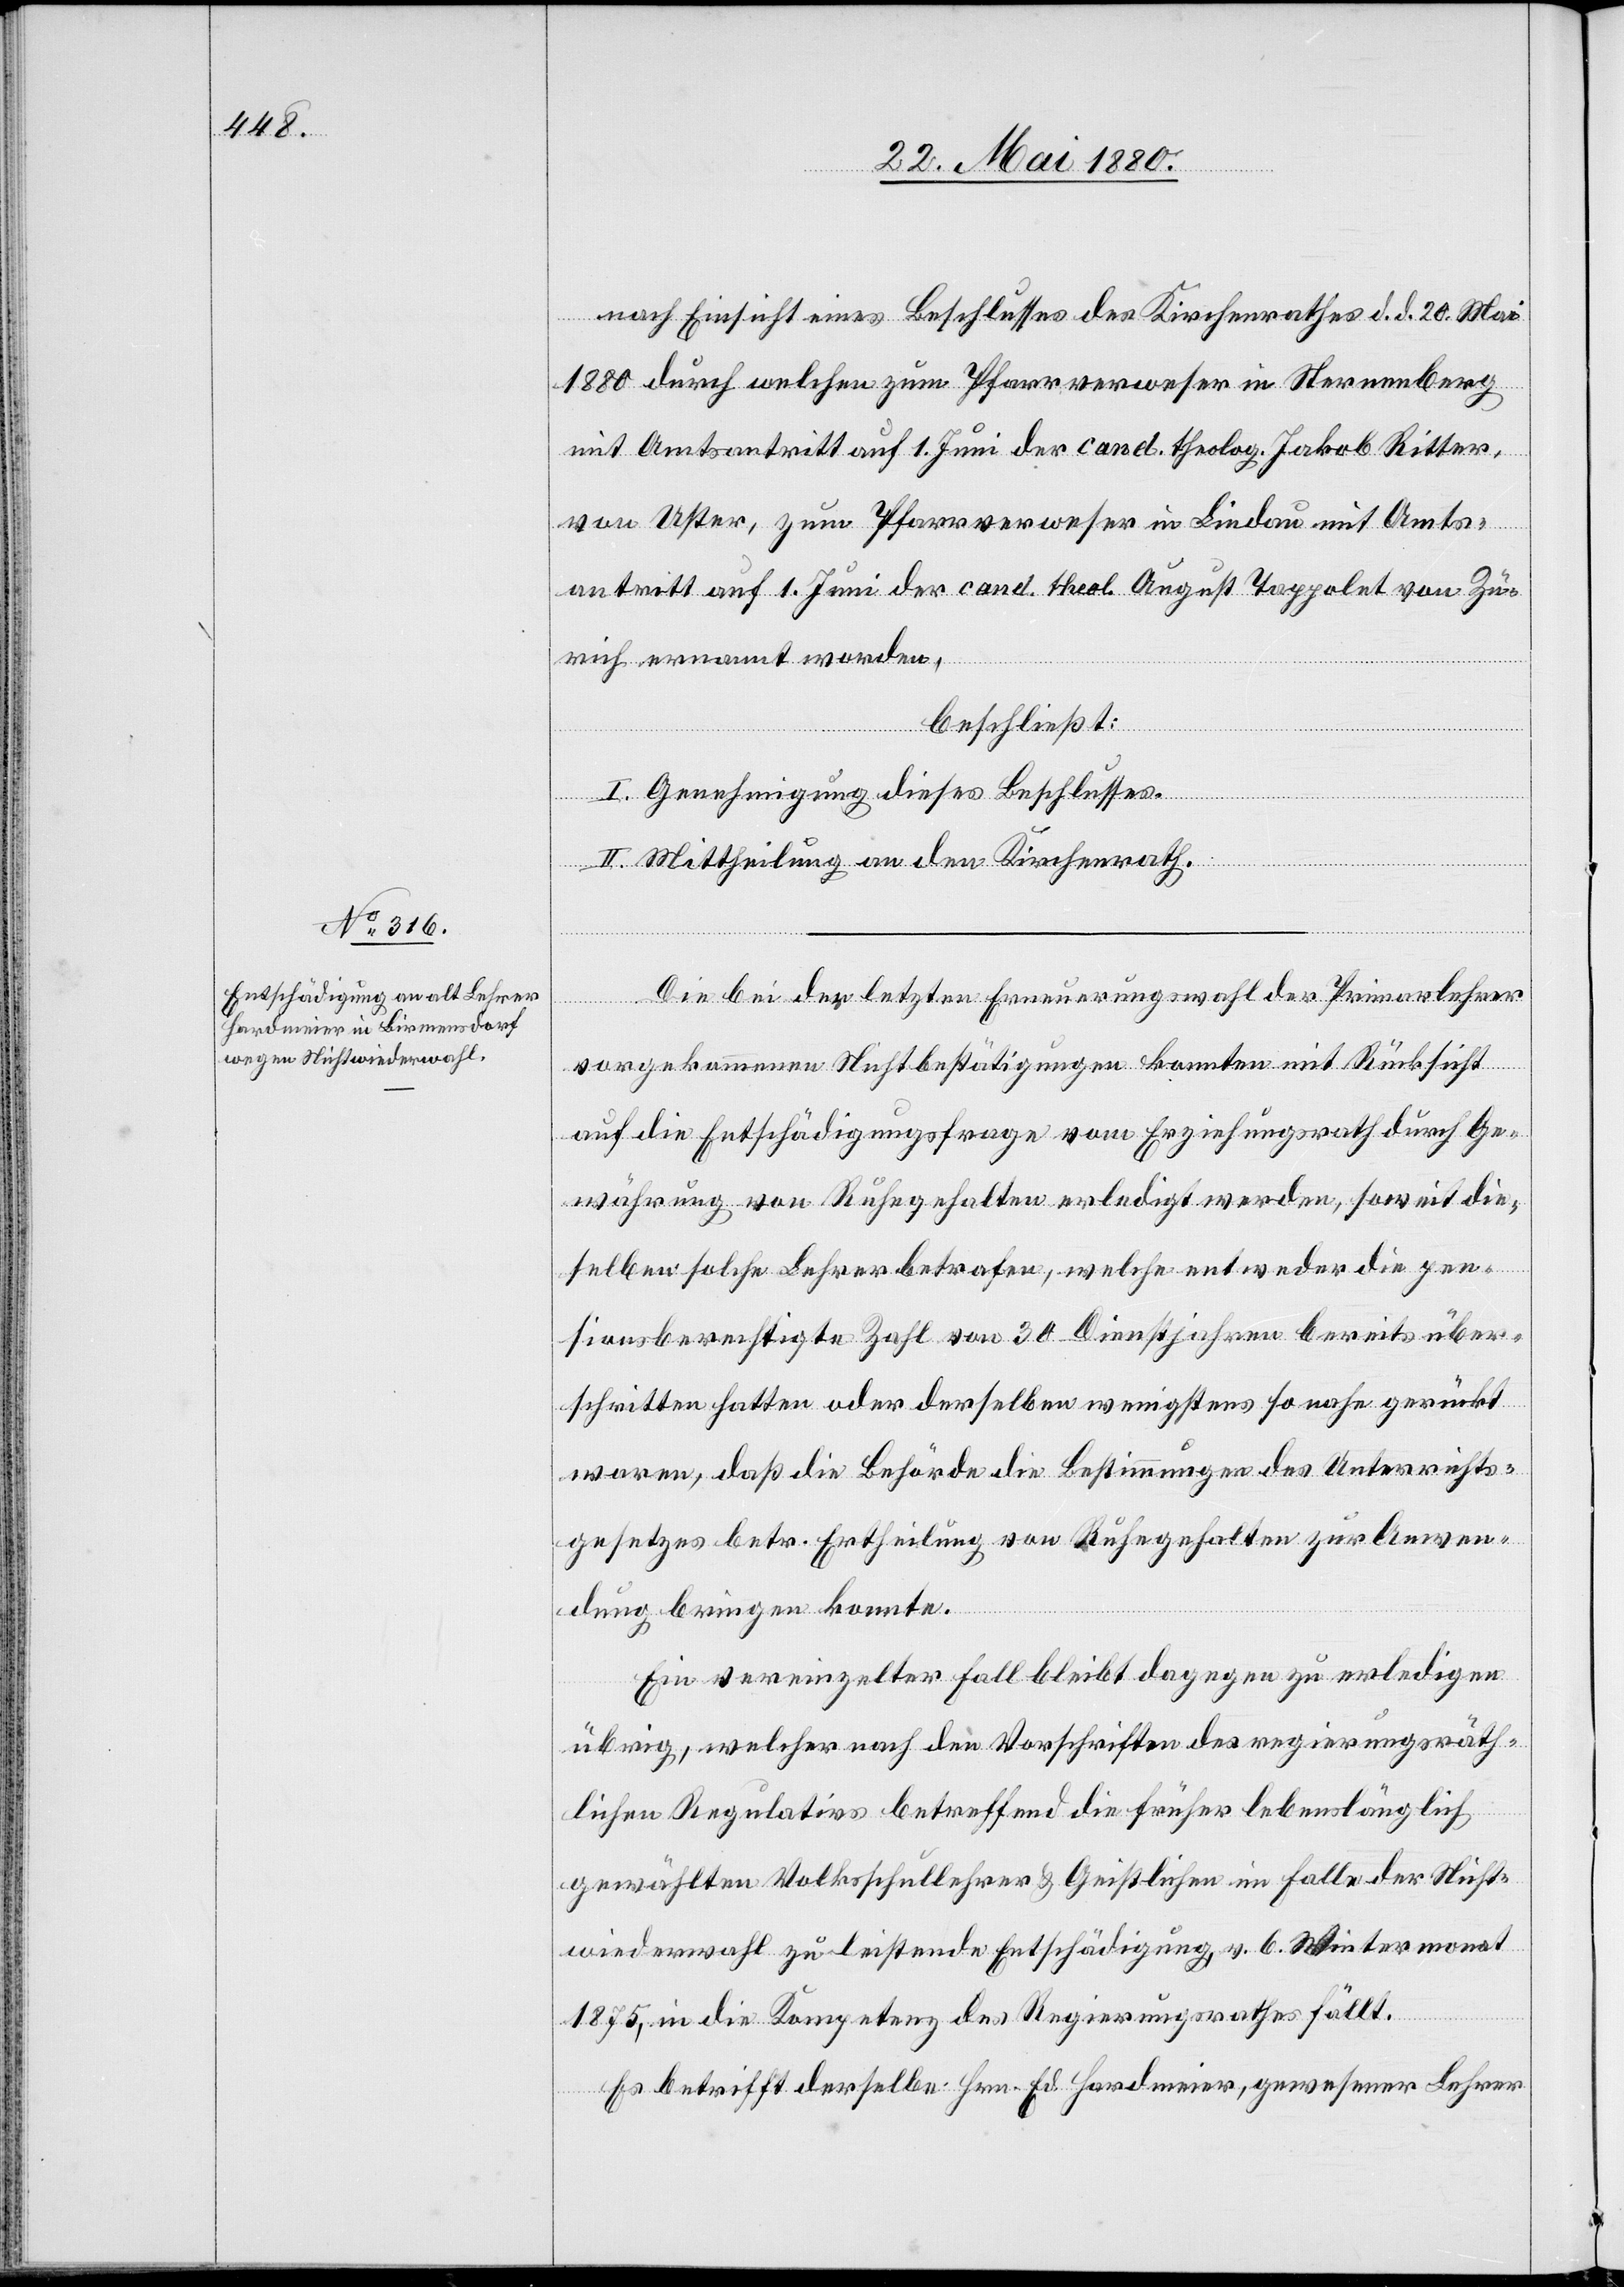
nach Einsicht eines Beschlusses des Kirchenrathes d. d. 20. Mai
1880 durch welchen zum Pfarrverweser in Sternenberg
mit Amtsantritt auf 1. Juni der cand. theolog. Jakob Ritter,
von Uster, zum Pfarrverweser in Lindau mit Amts¬
antritt auf 1. Juni der cand. theol. August Tappolet von Zü¬
rich ernannt worden,
beschließt:
I. Genehmigung dieses Beschlusses.
II. Mittheilung an den Kirchenrath.
Die bei der letzten Erneuerungswahl der Primarlehrer
vorgenommenen Nichtbestätigungen konnten mit Rücksicht
auf die Entschädigungsfrage vom Erziehungsrath durch Ge¬
währung von Ruhegehalten erledigt werden, soweit die¬
selben solche Lehrer betrafen, welche entweder die pen¬
sionsberechtigte Zahl von 30 Dienstjahren bereits über¬
schritten hatten oder derselben wenigstens so nahe gerückt
waren, daß die Behörde die Bestimmungen des Unterrichts¬
gesetzes betr. Ertheilung von Ruhegehalten zur Anwen¬
dung bringen konnte.
Ein vereinzelter Fall bleibt dagegen zu erledigen
übrig, welcher nach den Vorschriften des regierungsräth¬
lichen Regulativs betreffend die früher lebenslänglich
gewählten Volksschullehrer & Geistlichen im Falle der Nicht¬
wiederwahl zu leistende Entschädigung v. 6. Wintermonat
1875, in die Kompetenz des Regierungsrathes fällt.
Es betrifft derselbe Hrn. Ed. Hardmeier, gewesener Lehrer